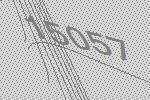
15057